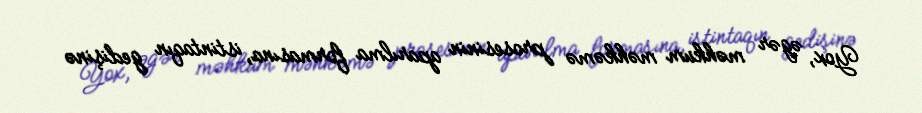
Yox, əgər məhkum məhkəmə prosesinin aparılma formasına, istintaqın gedişinə